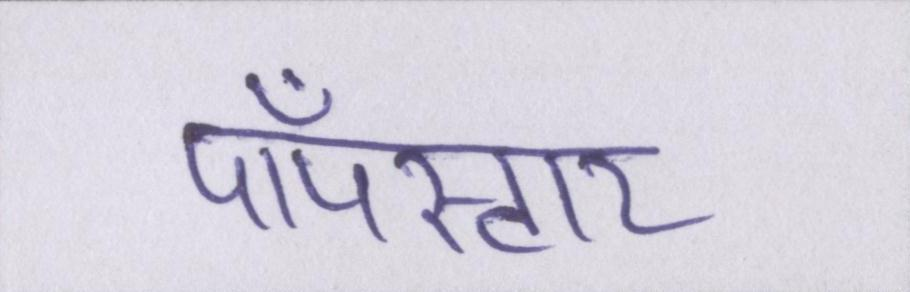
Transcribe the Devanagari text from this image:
पॉपस्टार